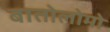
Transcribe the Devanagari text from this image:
बातोलोमो